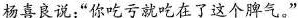
杨喜良说:“你吃亏就吃在了这个脾气"